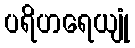
ပရိဟရေယျုံ